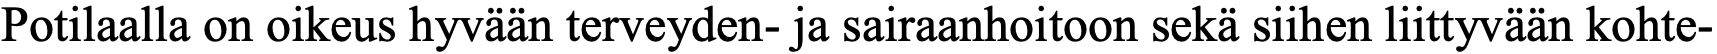
Potilaalla on oikeus hyvään terveyden- ja sairaanhoitoon sekä siihen liittyvään kohte-